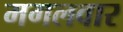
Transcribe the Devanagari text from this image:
मगलवार